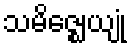
သမိဇ္ဈေယျုံ